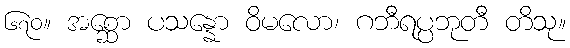
၆၇၀။ အစ္ဆော ပသန္နော ဝိမလော၊ ဂဘီရပ္ပဘုတီ တိသု။